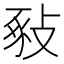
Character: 𢽚